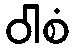
ဝါစံ